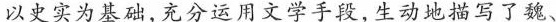
以史实为基础，充分运用文学手段,生动地描写了魏、